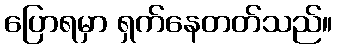
ပြောရမှာ ရှက်နေတတ်သည်။